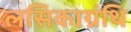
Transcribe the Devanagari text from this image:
लसिकाग्रंथि